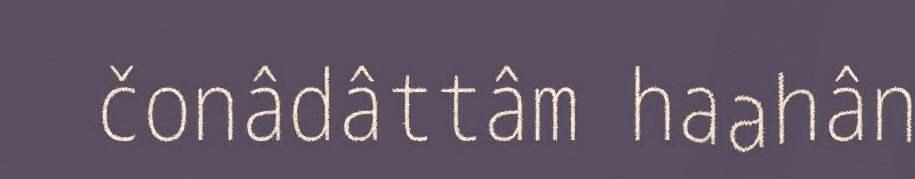
čonâdâttâm haahân